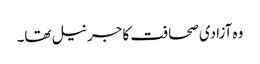
وہ آزادی صحافت کا جرنیل تھا۔